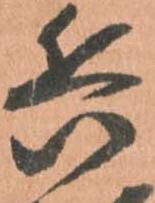
兵